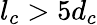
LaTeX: l_{c}>5d_{c}